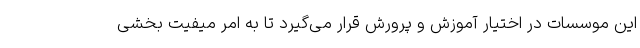
این موسسات در اختیار آموزش و پرورش قرار می‌گیرد تا به امر میفیت بخشی